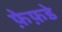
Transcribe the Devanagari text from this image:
फ़ेफ़डे